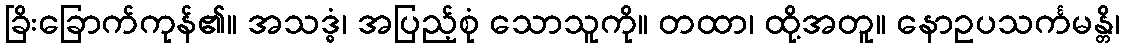
ခြိးခြောက်ကုန်၏။ အသဒ္ဓံ၊ အပြည့်စုံ သောသူကို။ တထာ၊ ထို့အတူ။ နောဥပသင်္ကမန္တိ၊